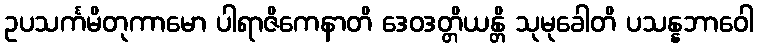
ဥပသင်္ကမိတုကာမော ပါရာဇိကေနာတိ ဒေဝဒတ္တိယန္တိ သုမုခေါတိ ပသန္နဘာဝေါ